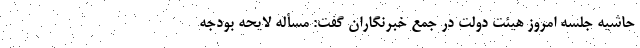
حاشیه جلسه امروز هیئت دولت در جمع خبرنگاران گفت: مسأله لایحه بودجه